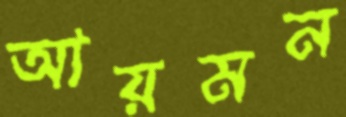
আয়মন